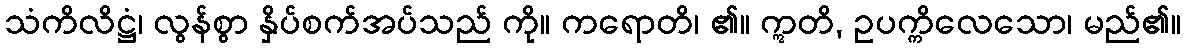
သံကိလိဋ္ဌံ၊ လွန်စွာ နှိပ်စက်အပ်သည် ကို။ ကရောတိ၊ ၏။ ဣတိ, ဥပက္ကိလေသော၊ မည်၏။